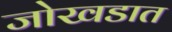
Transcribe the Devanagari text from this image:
जोखडात